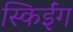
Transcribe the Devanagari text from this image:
स्किईंग